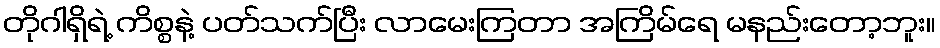
တိုဂါရှိရဲ့ ကိစ္စနဲ့ ပတ်သက်ပြီး လာမေးကြတာ အကြိမ်ရေ မနည်းတော့ဘူး။